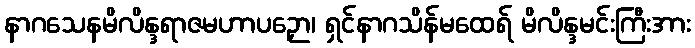
နာဂသေနမိလိန္ဒရာဇမဟာပဉှော၊ ရှင်နာဂသိန်မထေရ် မိလိန္ဒမင်းကြီးအား